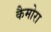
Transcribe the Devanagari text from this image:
कैमोरा